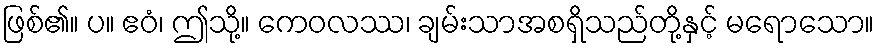
ဖြစ်၏။ ပ။ ဧဝံ၊ ဤသို့။ ကေဝလဿ၊ ချမ်းသာအစရှိသည်တို့နှင့် မရောသော။